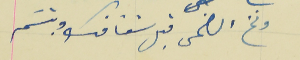
ونخ الضحى قبل شفافك وبتسَم